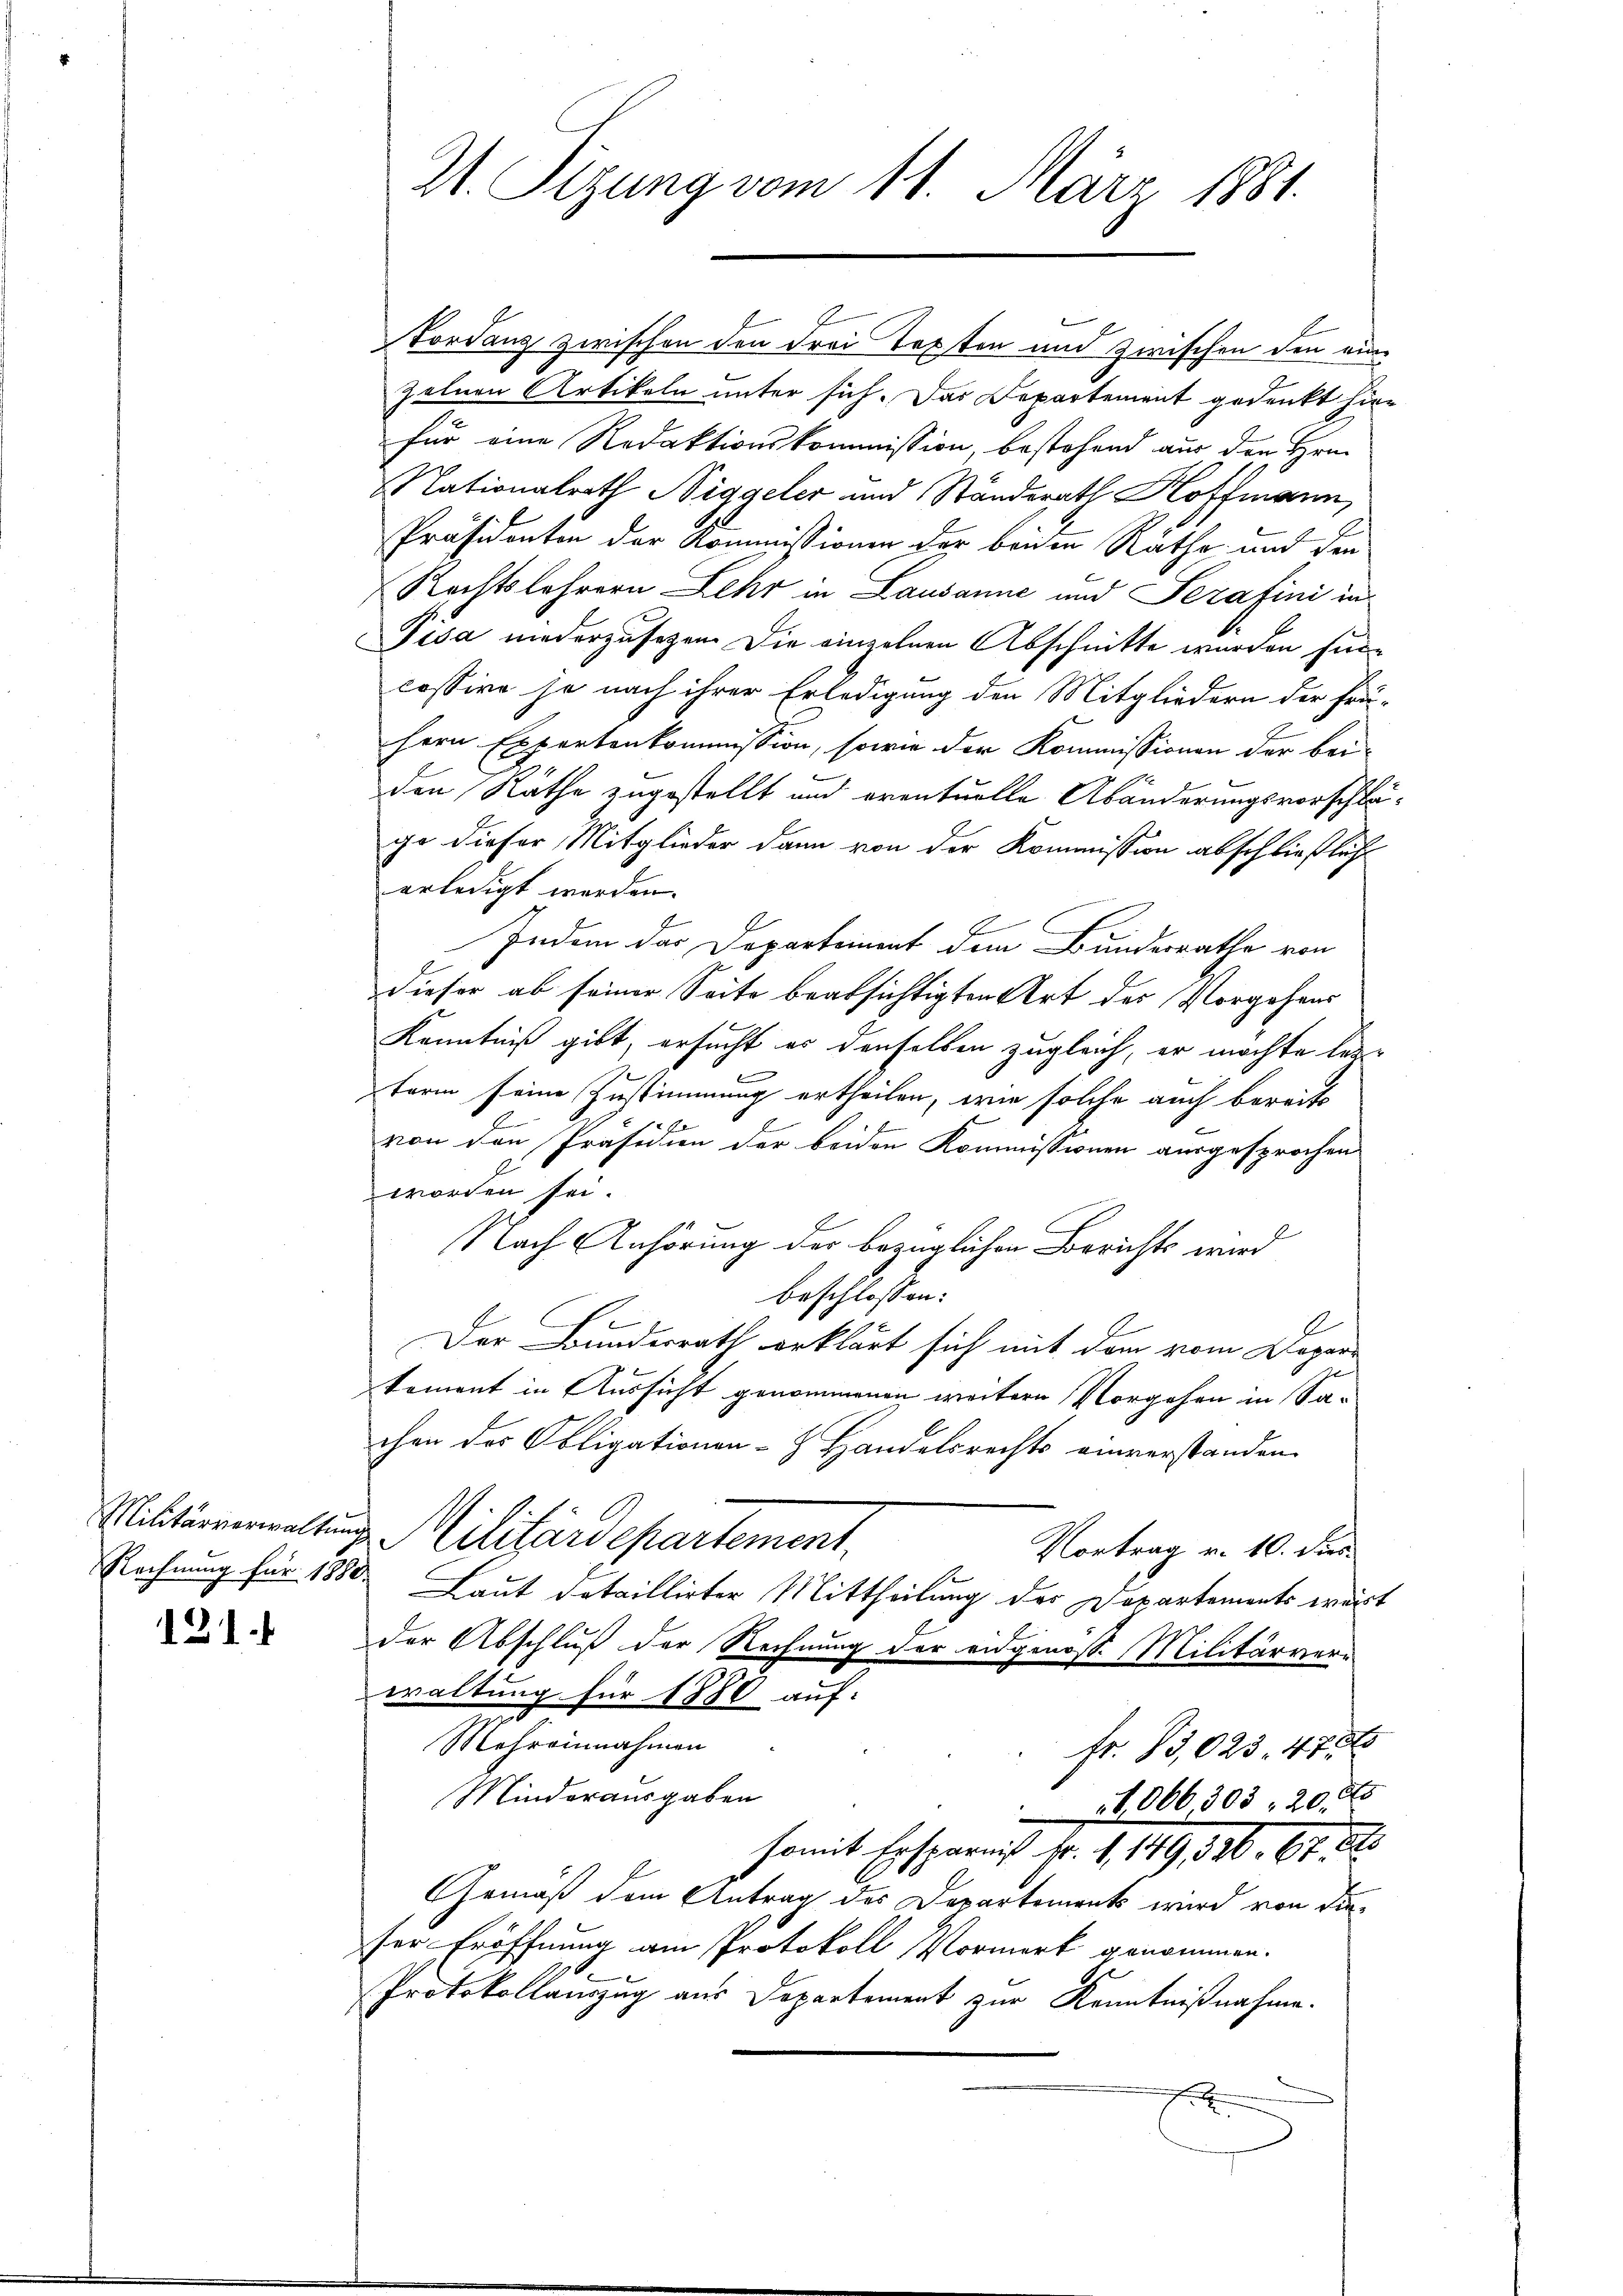
Rechnung für 1880.

121.

Fordenz zwischen den Frei Texten und zwischen den eine
zelnen Artikeln unter sich. Das Departement gedenkt hier
für eine Redaktionskommission bestehend aus den Hrn.
Nationalrath Niggeler und Ständerath Hoffmann,
Präsidenten der Kommissionen der beiden Räthe und den
Rechtslehrern Lehr in Lausanne und Serafini in
Pisa niederzusehen. Die einzelnen Abschnitte wurden sin
cassire je nach ihrer Erledigung den Mitgliedern der frü-
hern Expertenkommission, sowie der Kommissionen der bei-
den Räthe zugestellt und eventuelle Abänderungsvorschlägo dieser Mitglieder dann von der Kommission abschließlich
erledigt werden.
Indem das Departement dem Bundesrathe von
dieser ab seiner Seite beabsichtigten Art der Vorgehens
Kenntniß gibt, ersucht es denselben zugleich, er möchte les
b
tarm seine Zustimmung ertheilen, wie solche auch bereits
von den Präsidien der beiden Kommissionen ausgesprochen
worden sei.
Nach Anhörung der bezüglichen Berichts wird
beschlossen:
Der Bundesrath erklärt sich mit dem vom Depar-
koment in Aussicht genommenen weitern Vorgehen in Sachen des Obligationen- Handelsrechts einverstanden.
Militärverwaltung Militärdepartement,
Vortrag v. 10. dies
Laut detaillirter Mittheilung des Departements wärst
der Abschluß der Rechnung der eidgenoss. Militärver-
waltung für 1880 auf:
s
Mehreinnahmen
fr. 13,023. 4786
Minderausgaben
1,066,303. 20. ds
somit Ersparnis Fr. 1, 149, 396. 67. D
Gemäß dem Antrag des Departements wird von dieser Eröffnung am Protokoll Vormerk genommen.
Protokollauszug aus Departement zur Kenntnißnahme.

S. Tizung vom 11. März 1881.